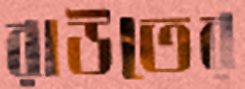
রাউতের